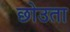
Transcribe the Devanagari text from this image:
छोउता